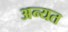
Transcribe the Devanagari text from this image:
अन्यत